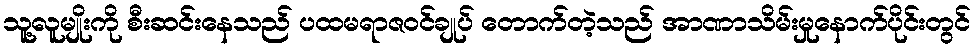
သူ့လူမျိုးကို စီးဆင်းနေသည် ပထမရာဇဝင်ချုပ် တောက်တဲ့သည် အာဏာသိမ်းမှုနောက်ပိုင်းတွင်